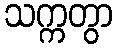
သက္ကတွာ